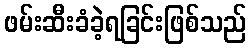
ဖမ်းဆီးခံခဲ့ရခြင်းဖြစ်သည်